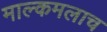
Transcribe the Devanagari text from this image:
माल्कमलाच